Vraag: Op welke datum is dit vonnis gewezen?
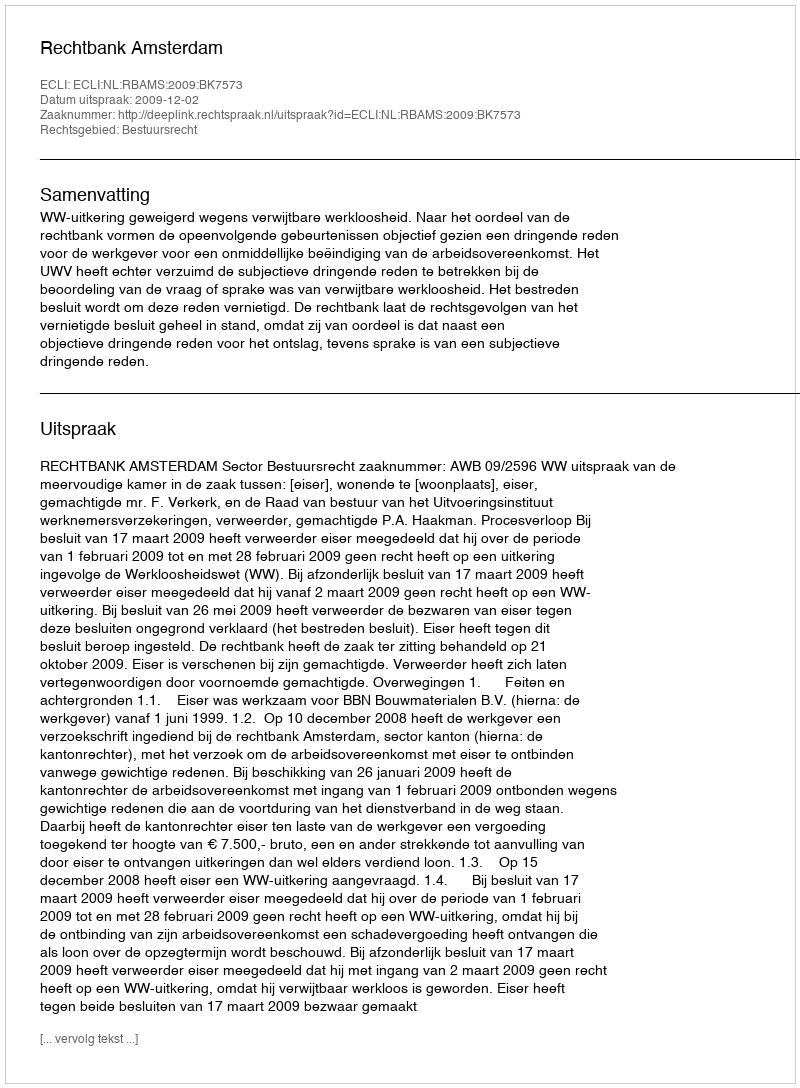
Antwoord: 2009-12-02